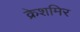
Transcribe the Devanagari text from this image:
क्रेशमिर